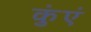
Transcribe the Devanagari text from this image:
कुंएं